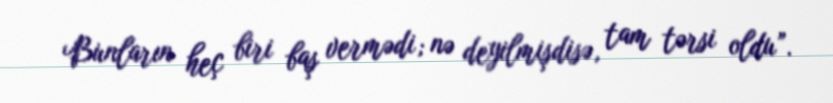
Bunların heç biri baş vermədi; nə deyilmişdisə, tam tərsi oldu”.